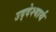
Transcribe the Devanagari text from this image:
उद्देश्यार्थ